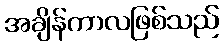
အချိန်ကာလဖြစ်သည်